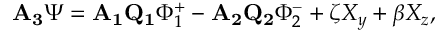
\mathbf { A _ { 3 } } \Psi = \mathbf { A _ { 1 } Q _ { 1 } } \Phi _ { 1 } ^ { + } - \mathbf { A _ { 2 } Q _ { 2 } } \Phi _ { 2 } ^ { - } + \zeta X _ { y } + \beta X _ { z } ,